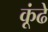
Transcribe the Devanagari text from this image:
कूंढे